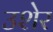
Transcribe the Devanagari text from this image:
उशेर